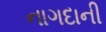
નાગદાની